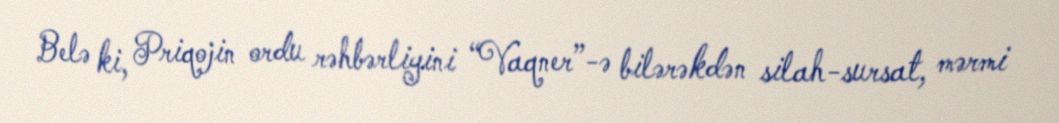
Belə ki, Priqojin ordu rəhbərliyini “Vaqner”-ə bilərəkdən silah-sursat, mərmi